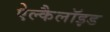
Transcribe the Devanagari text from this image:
ऐल्कैलॉइड